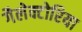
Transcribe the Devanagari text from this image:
गैलेक्टोरिया